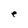
Character: e